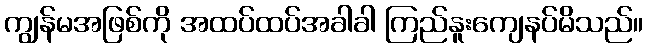
ကျွန်မအဖြစ်ကို အထပ်ထပ်အခါခါ ကြည်နူးကျေနပ်မိသည်။